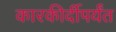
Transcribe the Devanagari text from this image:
कारकीर्दीपर्यंत